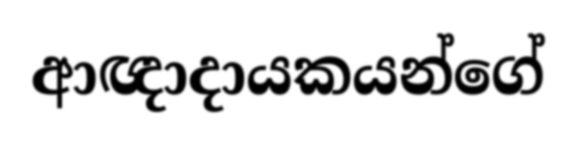
ආඥාදායකයන්ගේ